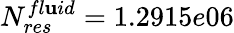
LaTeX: N_{res}^{fl\mathbf{u}id}=1.2915e06